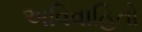
અવિવાહિતો